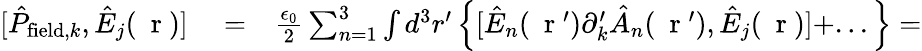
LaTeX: \begin{array}{rlr}{[\hat{P}_{\mathrm{field},k},\hat{E}_{j}(\mathrm{~\mathbf~r~})]}&{{}=}&{\frac{\epsilon_{0}}{2}\sum_{n=1}^{3}\int d^{3}r^{\prime}\left\{ [\hat{E}_{n}(\mathrm{~\mathbf~r~}^{\prime})\partial_{k}^{\prime}\hat{A}_{n}(\mathrm{~\mathbf~r~}^{\prime}),\hat{E}_{j}(\mathrm{~\mathbf~r~})]+...\right\} =}\end{array}